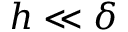
h \ll \delta